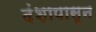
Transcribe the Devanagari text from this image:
दंशापासून